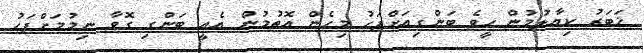
ޚަބަރު ކިޔާލުމުން ހީވެ ބަންގިއަށްފަހު މިހެން އޮތުމުން އެއީ ބަންގި ގޮވާ ނިމުމަށްފަހު